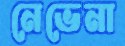
নেভেনা